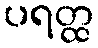
ပရတ္ထ